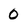
Character: 0